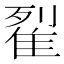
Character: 𨾸